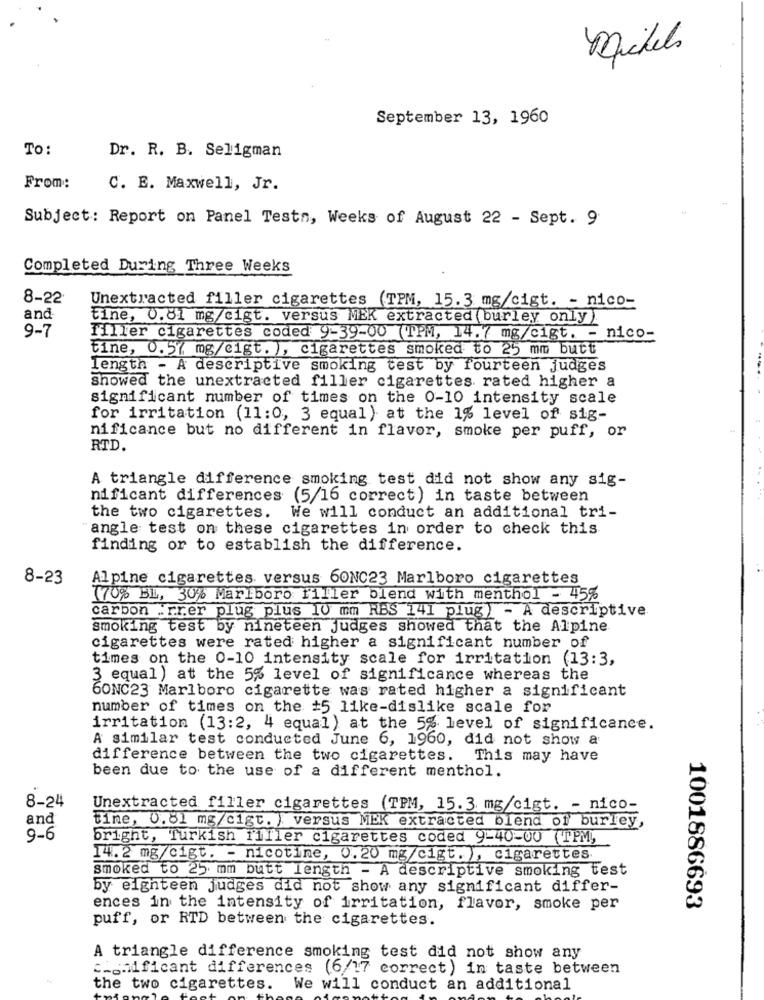
Michels
September 13, 1960
To:
Dr. R. B. Seligman
From:
C. E. Maxwell, Jr.
Subject: Report on Panel Testn, Weeks of August 22 - Sept. 9
Completed During Three Weeks
8-22
Unextracted filler cigarettes (TPM, 15.3 mg/cigt. - nico-
and
tine, 0.81 mg/cigt. versus MEK extracted ( burley only)
9-7
filler cigarettes coded 9-39-00 (TPM, 14.7 mg/cigt. - nico-
Eine, 0.57 mg/cigt. ), cigarettes smoked to 25 mm butt
length - A descriptive smoking test by fourteen judges
Showed the unextracted filler cigarettes rated higher a
significant number of times on the 0-10 intensity scale
for irritation (11:0, 3 equal) at the 1% level of sig-
nificance but no different in flavor, smoke per puff, or
RTD.
A triangle difference smoking test did not show any sig-
nificant differences (5/16 correct) in taste between
the two cigarettes. We will conduct an additional tri-
"angle test on these cigarettes in order to check this
finding or to establish the difference.
8-23
Alpine cigarettes versus 60NC23 Marlboro cigarettes
170% BL, 30% Marlboro filler blend with menthol - 45%
carbon Frer plug plus 10 mm RBS 141 plug) - A descriptive
smoking test by nineteen judges showed that the Alpine
cigarettes were rated higher a significant number of
times on the 0-10 intensity scale for irritation (13:3,
3 equal) at the 5% level of significance whereas the
60NC23 Marlboro cigarette was rated higher a significant
number of times on the #5 like-dislike scale for
irritation (13:2, 4 equal) at the 5% level of significance.
A similar test conducted June 6, 1960, did not show a
difference between the two cigarettes. This may have
been due to the use of a different menthol.
8-24
Unextracted filler cigarettes (TPM, 15.3 mg/cigt. - nico-
and
Fine, 0.81 mg/cigt. ) versus MEK extracted blend of burley,
9-6
bright, Turkish filler cigarettes coded 9-40-00 (TPM,
14.2 mg/cigt. - nicotine, 0.20 mg/cigt. ), cigarettes.
smoked to 25 mm butt length - A descriptive smoking test
by eighteen judges did not show any significant differ-
ences in the intensity of irritation, flavor, smoke per
1001886693
puff, or RTD between the cigarettes.
A triangle difference smoking test did not show any
significant differences (6/17 correct) in taste between
the two cigarettes.
We will conduct an additional